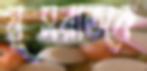
নূসরাতকে